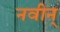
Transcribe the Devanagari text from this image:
नवीन्